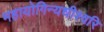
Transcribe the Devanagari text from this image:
महायोगिन्यधीश्वरि